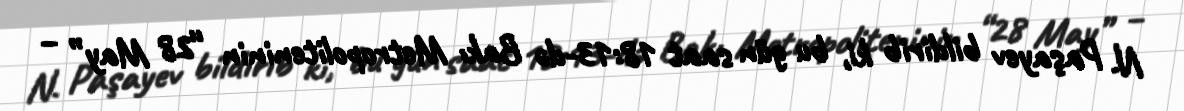
N. Paşayev bildirib ki, bu gün saat 18:13-də Bakı Metropoliteninin “28 May” –